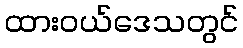
ထားဝယ်ဒေသတွင်